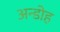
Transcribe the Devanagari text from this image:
अन्डोह